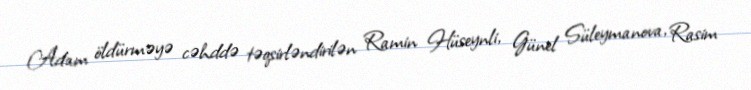
Adam öldürməyə cəhddə təqsirləndirilən Ramin Hüseynli, Günel Süleymanova, Rasim